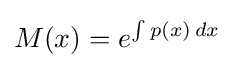
M(x)=e^{\int p(x)\,dx}